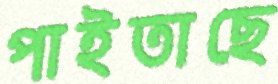
পাইতাছে